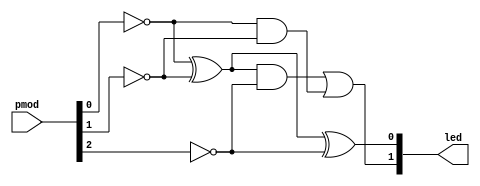
// Solution to full adder challenge
//
// Inputs:
//      pmod[2:0]   - pushbuttons (x3)
//
// Outputs:
//      led[1:0]    - LEDs (x2)
//
// LED 0 turns on if 1 or 3 buttons are pressed. LED 1 turns on if 2 or 3
// buttons are pressed.
//
// License: 0BSD

// Full adder with button inputs
module full_adder (

    // Inputs
    input   [2:0]   pmod,
    
    // Output
    output  [1:0]   led
);

    // Wire (net) declarations (internal to module)
    wire a;
    wire b;
    wire c_in;
    wire a_xor_b;
    
    // A, B, and C_IN are inverted button logic
    assign a = ~pmod[0];
    assign b = ~pmod[1];
    assign c_in = ~pmod[2];
    
    // Create intermediate wire (net)
    assign a_xor_b = a ^ b;

    // Create output logic
    assign led[0] = a_xor_b ^ c_in;
    assign led[1] = (a_xor_b & c_in) | (a & b);
    
endmodule